Indian journal of veterinary science and animal husbandry - Volumes 26-27, 1956-1957
Year: 1956
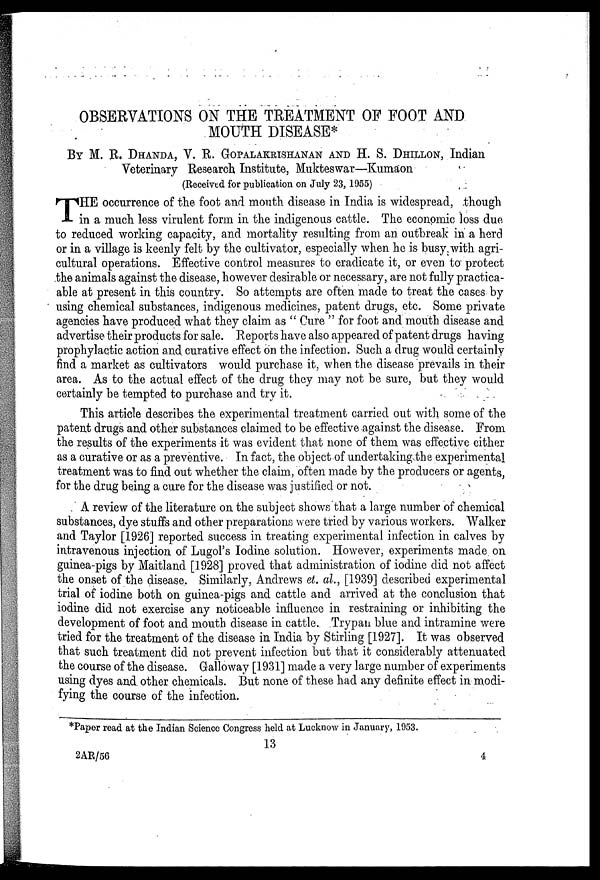
OBSERVATIONS ON THE TREATMENT OF FOOT AND
MOUTH DISEASE*
BY M. R. DHANDA, V. R. GOPALAKRISHANAN AND H. S. DHILLON, Indian
Veterinary Research Institute, Mukteswar—Kumaon
(Received for publication on July 23, 1955)
T HE occurrence of the foot and mouth disease in India is widespread, though
in a much less virulent form in the indigenous cattle. The economic loss due
to reduced working capacity, and mortality resulting from an outbreak in a herd
or in a village is keenly felt by the cultivator, especially when he is busy, with agri-
cultural operations. Effective control measures to eradicate it, or even to protect
the animals against the disease, however desirable or necessary, are not fully practica-
able at present in this country. So attempts are often made to treat the cases by
using chemical substances, indigenous medicines, patent drugs, etc. Some private
agencies have produced what they claim as " Cure " for foot and mouth disease and
advertise their products for sale. Reports have also appeared of patent drugs having
prophylactic action and. curative effect on the infection. Such a drug would certainly
find a market as cultivators would purchase it, when the disease prevails in their
area. As to the actual effect of the drug they may not be sure, but they would
certainly be tempted to purchase and try it.
This article describes the experimental treatment carried out with some of the
patent drugs and other substances claimed to be effective against the disease. From
the results of the experiments it was evident that none of them was effective either
as a curative or as a preventive. In fact, the object of undertaking the experimental
treatment was to find out whether the claim, often made by the producers or agents,
for the drug being a cure for the disease was justified or not.
A review of the literature on the subject shows that a large number of chemical
substances, dye stuffs and other preparations were tried by various workers. Walker
and Taylor [1926] reported success in treating experimental infection in calves by
intravenous injection of Lugol's Iodine solution. However, experiments made on
guinea-pigs by Maitland [1928] proved that administration of iodine did not affect
the onset of the disease. Similarly, Andrews et. al., [1939] described experimental
trial of iodine both on guinea-pigs and cattle and arrived at the conclusion that
iodine did not exercise any noticeable influence in restraining or inhibiting the
development of foot and mouth disease in cattle. Trypan blue and intramine were
tried for the treatment of the disease in India by Stirling [1927]. It was observed
that such treatment did not prevent infection but that it considerably attenuated
the course of the disease. Galloway [1931] made a very large number of experiments
using dyes and other chemicals. But none of these had any definite effect in modi-
fying the course of the infection.
*Paper read at the Indian Science Congress held at Lucknow in January, 1953.
13
2AR/56
4